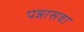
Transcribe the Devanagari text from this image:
पन्नासवा